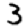
Digit: 3